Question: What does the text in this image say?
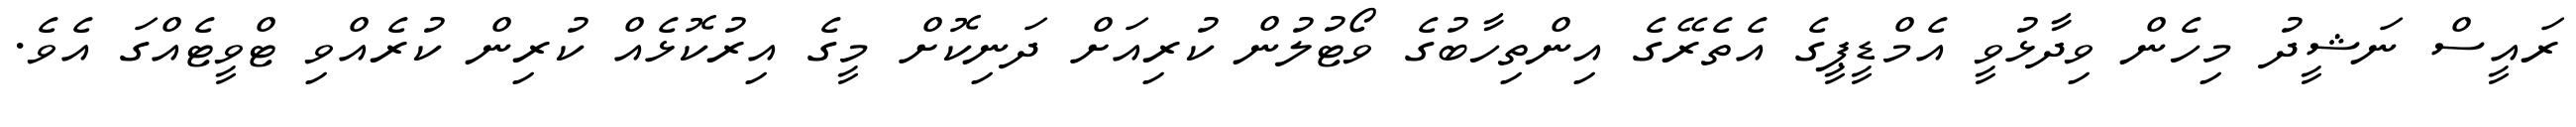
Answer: ރައީސް ނަޝީދު މިހެން ވިދާޅުވީ އެމްޑީޕީގެ އެތެރޭގެ އިންތިހާބުގެ ވޯޓުލުން ކުރިއަށް ދަނިކޮށް މީގެ އިރުކޮޅެއް ކުރިން ކުރެއްވި ޓްވީޓެއްގަ އެވެ.